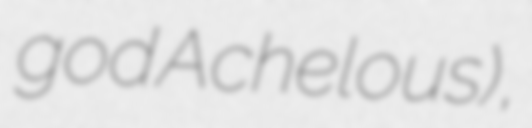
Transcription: god Achelous),